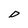
Character: D